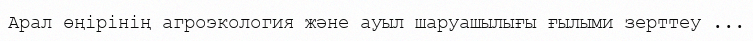
Арал өңірінің агроэкология және ауыл шаруашылығы ғылыми зерттеу ...